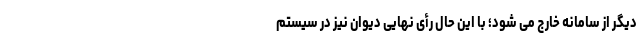
دیگر از سامانه خارج می شود؛ با این حال رأی نهایی دیوان نیز در سیستم